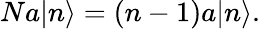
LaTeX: Na|n\rangle=(n-1)a|n\rangle.